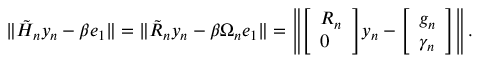
\| { \tilde { H } } _ { n } y _ { n } - \beta e _ { 1 } \| = \| { \tilde { R } } _ { n } y _ { n } - \beta \Omega _ { n } e _ { 1 } \| = \left\| { \left[ \begin{array} { l } { R _ { n } } \\ { 0 } \end{array} \right] } y _ { n } - { \left[ \begin{array} { l } { g _ { n } } \\ { \gamma _ { n } } \end{array} \right] } \right\| .